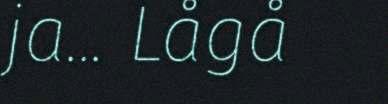
ja... Lågå